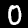
Digit: 0